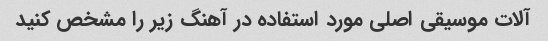
آلات موسیقی اصلی مورد استفاده در آهنگ زیر را مشخص کنید